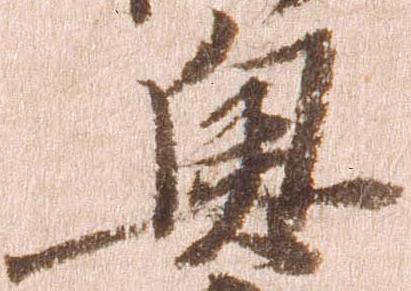
奥